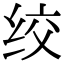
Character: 绞